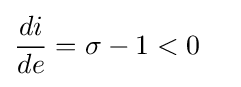
{\frac {di}{de}}=\sigma -1<0\quad